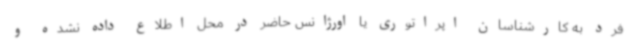
فرد به کارشناسان اپراتوری یا اورژانس حاضر در محل اطلاع داده نشده و